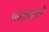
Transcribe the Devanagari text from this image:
प्रसन्नवदने